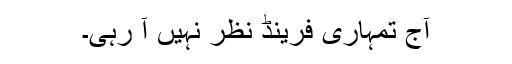
آج تمہاری فرینڈ نظر نہیں آ رہی۔